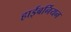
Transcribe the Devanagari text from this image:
हाईबर्नियन